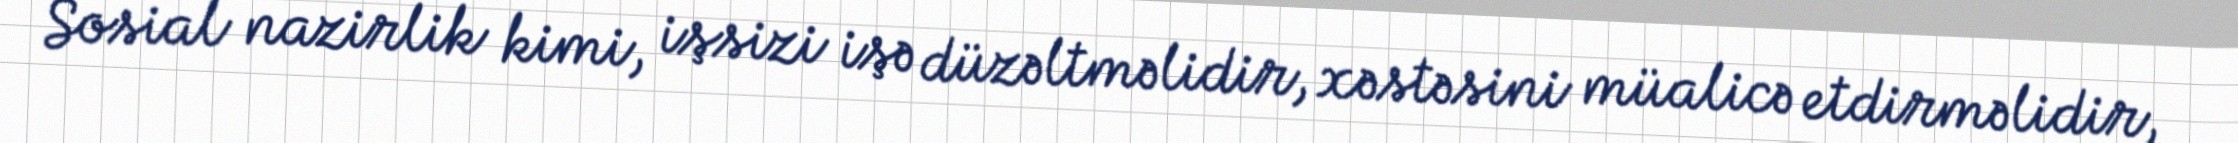
Sosial nazirlik kimi, işsizi işə düzəltməlidir, xəstəsini müalicə etdirməlidir,